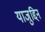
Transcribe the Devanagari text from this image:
याजुद्दिन